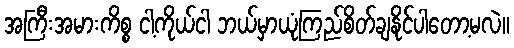
အကြီးအမားကိစ္စ ငါ့ကိုယ်ငါ ဘယ်မှာယုံကြည်စိတ်ချနိုင်ပါတော့မလဲ။